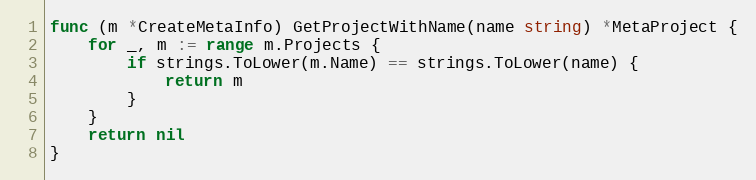
Language: Go
func (m *CreateMetaInfo) GetProjectWithName(name string) *MetaProject {
	for _, m := range m.Projects {
		if strings.ToLower(m.Name) == strings.ToLower(name) {
			return m
		}
	}
	return nil
}